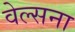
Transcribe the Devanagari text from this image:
वेल्सना